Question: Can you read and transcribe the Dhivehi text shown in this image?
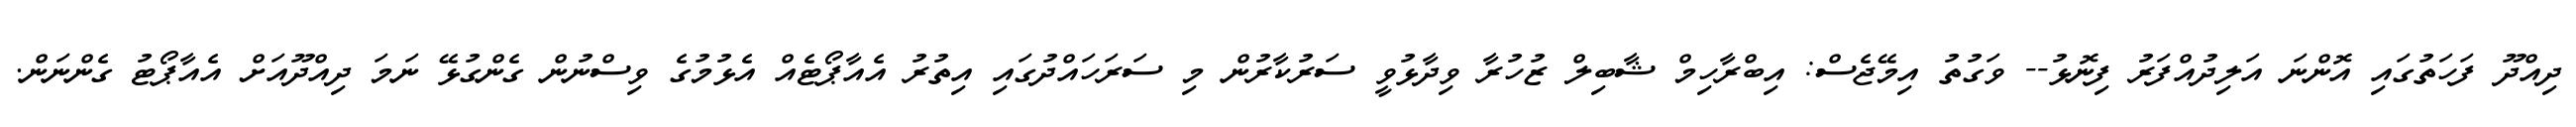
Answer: ދިއްދޫ ފަހަތުގައި އޮންނަ އަލިދުއްފަރު ފިނޮޅު-- ވަގުތު އިމޭޖެސް: އިބްރާހިމް ޝާބިލް ޒުހުރާ ވިދާޅުވީ ސަރުކާރުން މި ސަރަހައްދުގައި އިތުރު އެއާޕޯޓެއް އެޅުމުގެ ވިސްނުން ގެންގުޅޭ ނަމަ ދިއްދޫއަށް އެއާޕޯޓު ގެންނަން.